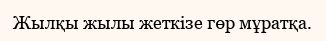
Жылқы жылы жеткізе гөр мұратқа.